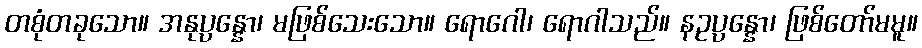
တစုံတခုသော။ အနုပ္ပန္နော၊ မဖြစ်သေးသော။ ရောဂေါ၊ ရောဂါသည်။ နဥပ္ပန္နော၊ ဖြစ်တော်မမူ။